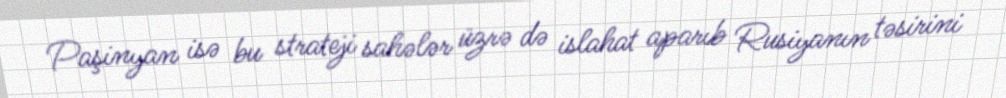
Paşinyan isə bu strateji sahələr üzrə də islahat aparıb Rusiyanın təsirini